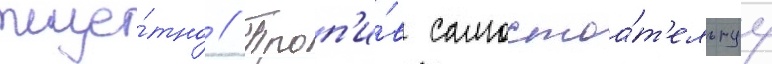
тще́тно // Проп'и́в самостоа́т'ельнуу